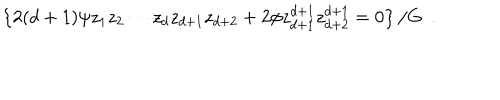
{ \left\{ { 2 ( d + 1 ) \psi { z _ { 1 } } { z _ { 2 } } \cdots { z _ { d } } { z _ { d + 1 } } { z _ { d + 2 } } + 2 \phi { z _ { d + 1 } ^ { d + 1 } } { z _ { d + 2 } ^ { d + 1 } } = 0 } \right\} / G } \, \, \, .